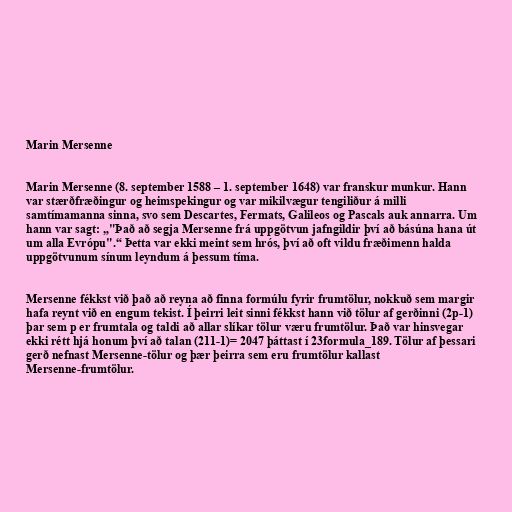
Marin Mersenne

Marin Mersenne (8. september 1588 – 1. september 1648) var franskur munkur. Hann
var stærðfræðingur og heimspekingur og var mikilvægur tengiliður á milli
samtímamanna sinna, svo sem Descartes, Fermats, Galileos og Pascals auk annarra. Um
hann var sagt: „"Það að segja Mersenne frá uppgötvun jafngildir því að básúna hana út
um alla Evrópu".“ Þetta var ekki meint sem hrós, því að oft vildu fræðimenn halda
uppgötvunum sínum leyndum á þessum tíma.

Mersenne fékkst við það að reyna að finna formúlu fyrir frumtölur, nokkuð sem margir
hafa reynt við en engum tekist. Í þeirri leit sinni fékkst hann við tölur af gerðinni (2p-1)
þar sem p er frumtala og taldi að allar slíkar tölur væru frumtölur. Það var hinsvegar
ekki rétt hjá honum því að talan (211-1)= 2047 þáttast í 23formula_189. Tölur af þessari
gerð nefnast Mersenne-tölur og þær þeirra sem eru frumtölur kallast
Mersenne-frumtölur.